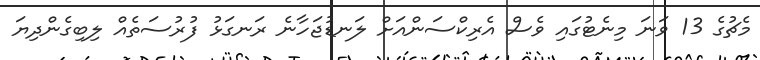
މެޗުގެ 13 ވަނަ މިނެޓުގައި ވެސް އެރިކްސަންއަށް ލަނޑުޖަހާނެ ރަނގަޅު ފުރުސަތެއް ލިބިގެންދިޔަ